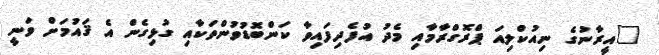
"އީރާނުގެ ނިއުކްލިއަ ޕްރޮގްރާމާއި މެދު އުފެދިފައިވާ ކަންބޮޑުވުންތަކާއި ގުޅިގެން އެ ޤައުމަށް ވަނީ